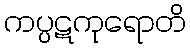
ကပ္ပဋကုရောတိ